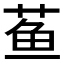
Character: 𬝁